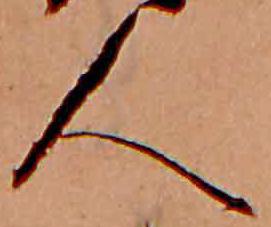
人